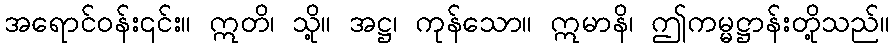
အရောင်ဝန်း၎င်း။ ဣတိ၊ သို့။ အဋ္ဌ၊ ကုန်သော။ ဣမာနိ၊ ဤကမ္မဋ္ဌာန်းတို့သည်။